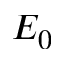
E _ { 0 }